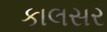
કાલસર